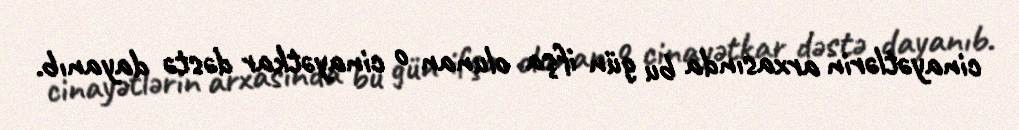
cinayətlərin arxasında bu gün ifşa olunan o cinayətkar dəstə dayanıb.